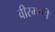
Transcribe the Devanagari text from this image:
वीरमणी